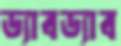
ড্যাবড্যাব